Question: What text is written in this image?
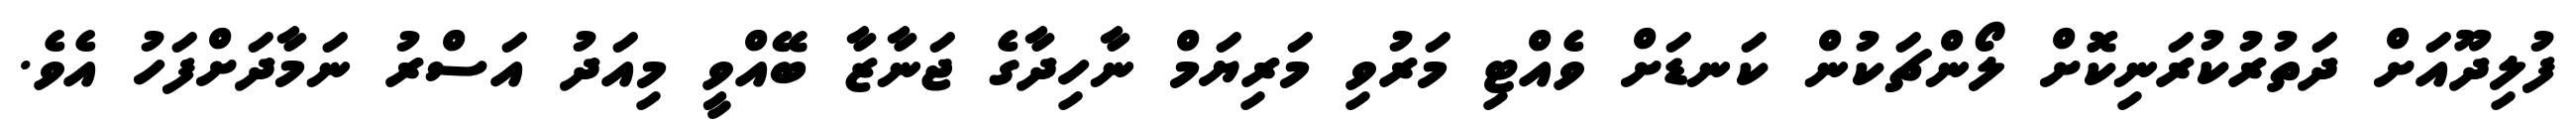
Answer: ފުލިދޫއަށް ދަތުރުކުރަނިކޮށް ލޯންޗަކުން ކަނޑަށް ވެއްޓި މަރުވި މަރިޔަމް ނާހިދާގެ ޖަނާޒާ ބޭއްވީ މިއަދު އަސްރު ނަމާދަށްފަހު އެވެ.